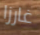
غارزا